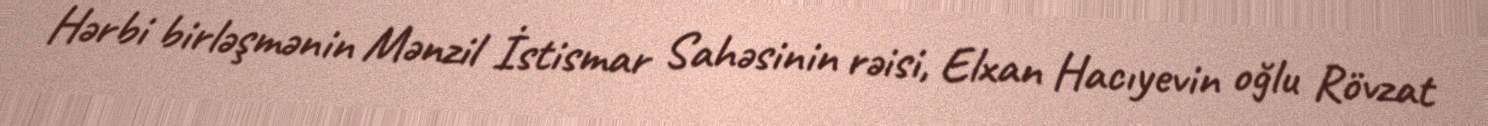
Hərbi birləşmənin Mənzil İstismar Sahəsinin rəisi, Elxan Hacıyevin oğlu Rövzat